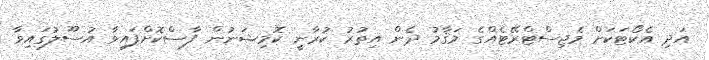
އަދި އެކޯޓަކަށް މެޖިސްޓްރޭޓެއްގެ މަޤާމު ދެން އިތުރު ކުރާނީ ކޮމިޝަނުން ފާސްކޮށްފައިވާ އުސޫލުގައިވާ